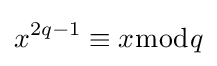
x^{2q-1}\equiv x{\bmod {q}}